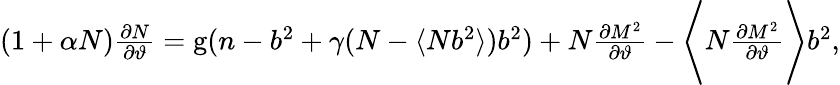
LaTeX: \begin{array}{r}{(1+\alpha N)\frac{\partial N}{\partial\vartheta}=\mathrm{g}(n-b^{2}+\gamma(N-\langle Nb^{2}\rangle)b^{2})+N\frac{\partial M^{2}}{\partial\vartheta}-\Bigg\langle N\frac{\partial M^{2}}{\partial\vartheta}\Bigg\rangle b^{2},}\end{array}